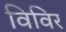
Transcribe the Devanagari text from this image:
विविर